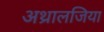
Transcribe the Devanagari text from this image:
अथ्रालजिया